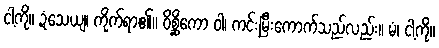
ငါ့ကို။ ဍံသေယျ၊ ကိုက်ရာ၏။ ဝိစ္ဆိကော ဝါ၊ ကင်းမြီးကောက်သည်လည်း။ မံ၊ ငါ့ကို။